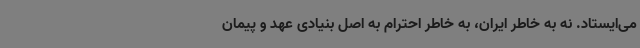
می‌ایستاد. نه به خاطر ایران، به خاطر احترام به اصل بنیادی عهد و پیمان